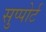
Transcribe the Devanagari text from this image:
सुप्पोर्ट